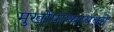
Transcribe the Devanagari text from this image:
मुखोपाध्यायको